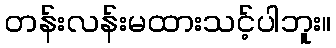
တန်းလန်းမထားသင့်ပါဘူး။